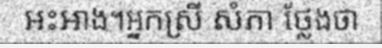
អះអាង។អ្នកស្រី សំភា ថ្លែងថា